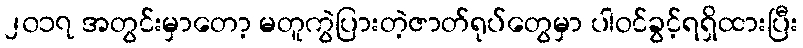
၂၀၁၇ အတွင်းမှာတော့ မတူကွဲပြားတဲ့ဇာတ်ရုပ်တွေမှာ ပါဝင်ခွင့်ရရှိထားပြီး